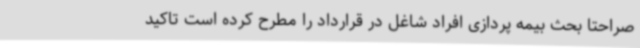
صراحتا بحث بیمه پردازی افراد شاغل در قرارداد را مطرح کرده است تاکید